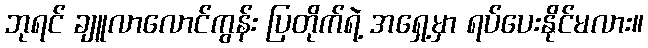
ဘုရင် ချူလာလောင်ကွန်း ပြတိုက်ရဲ့ အရှေ့မှာ ရပ်ပေးနိုင်မလား။